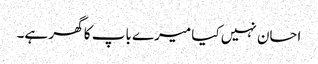
احسان نہیں کیا میرے باپ کا گھر ہے۔